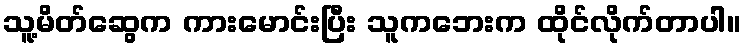
သူ့မိတ်ဆွေက ကားမောင်းပြီး သူကဘေးက ထိုင်လိုက်တာပါ။